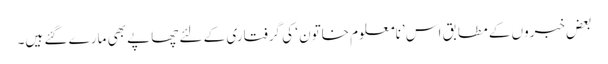
بعض خبروں کے مطابق اس ’نامعلوم خاتون ‘ کی گرفتاری کے لئے چھاپے بھی مارے گئے ہیں۔